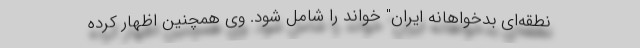
نطقه‌ای بدخواهانه ایران" خواند را شامل ‌شود. وی همچنین اظهار کرده